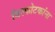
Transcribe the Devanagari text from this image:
विस्फोटकांना